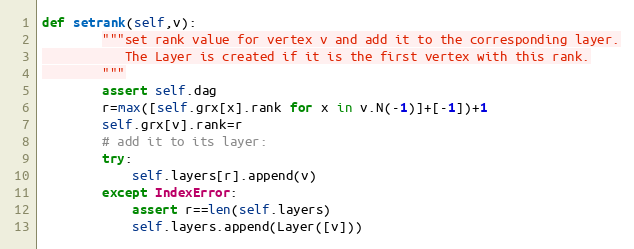
Language: Python
def setrank(self,v):
        """set rank value for vertex v and add it to the corresponding layer.
           The Layer is created if it is the first vertex with this rank.
        """
        assert self.dag
        r=max([self.grx[x].rank for x in v.N(-1)]+[-1])+1
        self.grx[v].rank=r
        # add it to its layer:
        try:
            self.layers[r].append(v)
        except IndexError:
            assert r==len(self.layers)
            self.layers.append(Layer([v]))